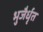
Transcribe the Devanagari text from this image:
भुजैर्धृत